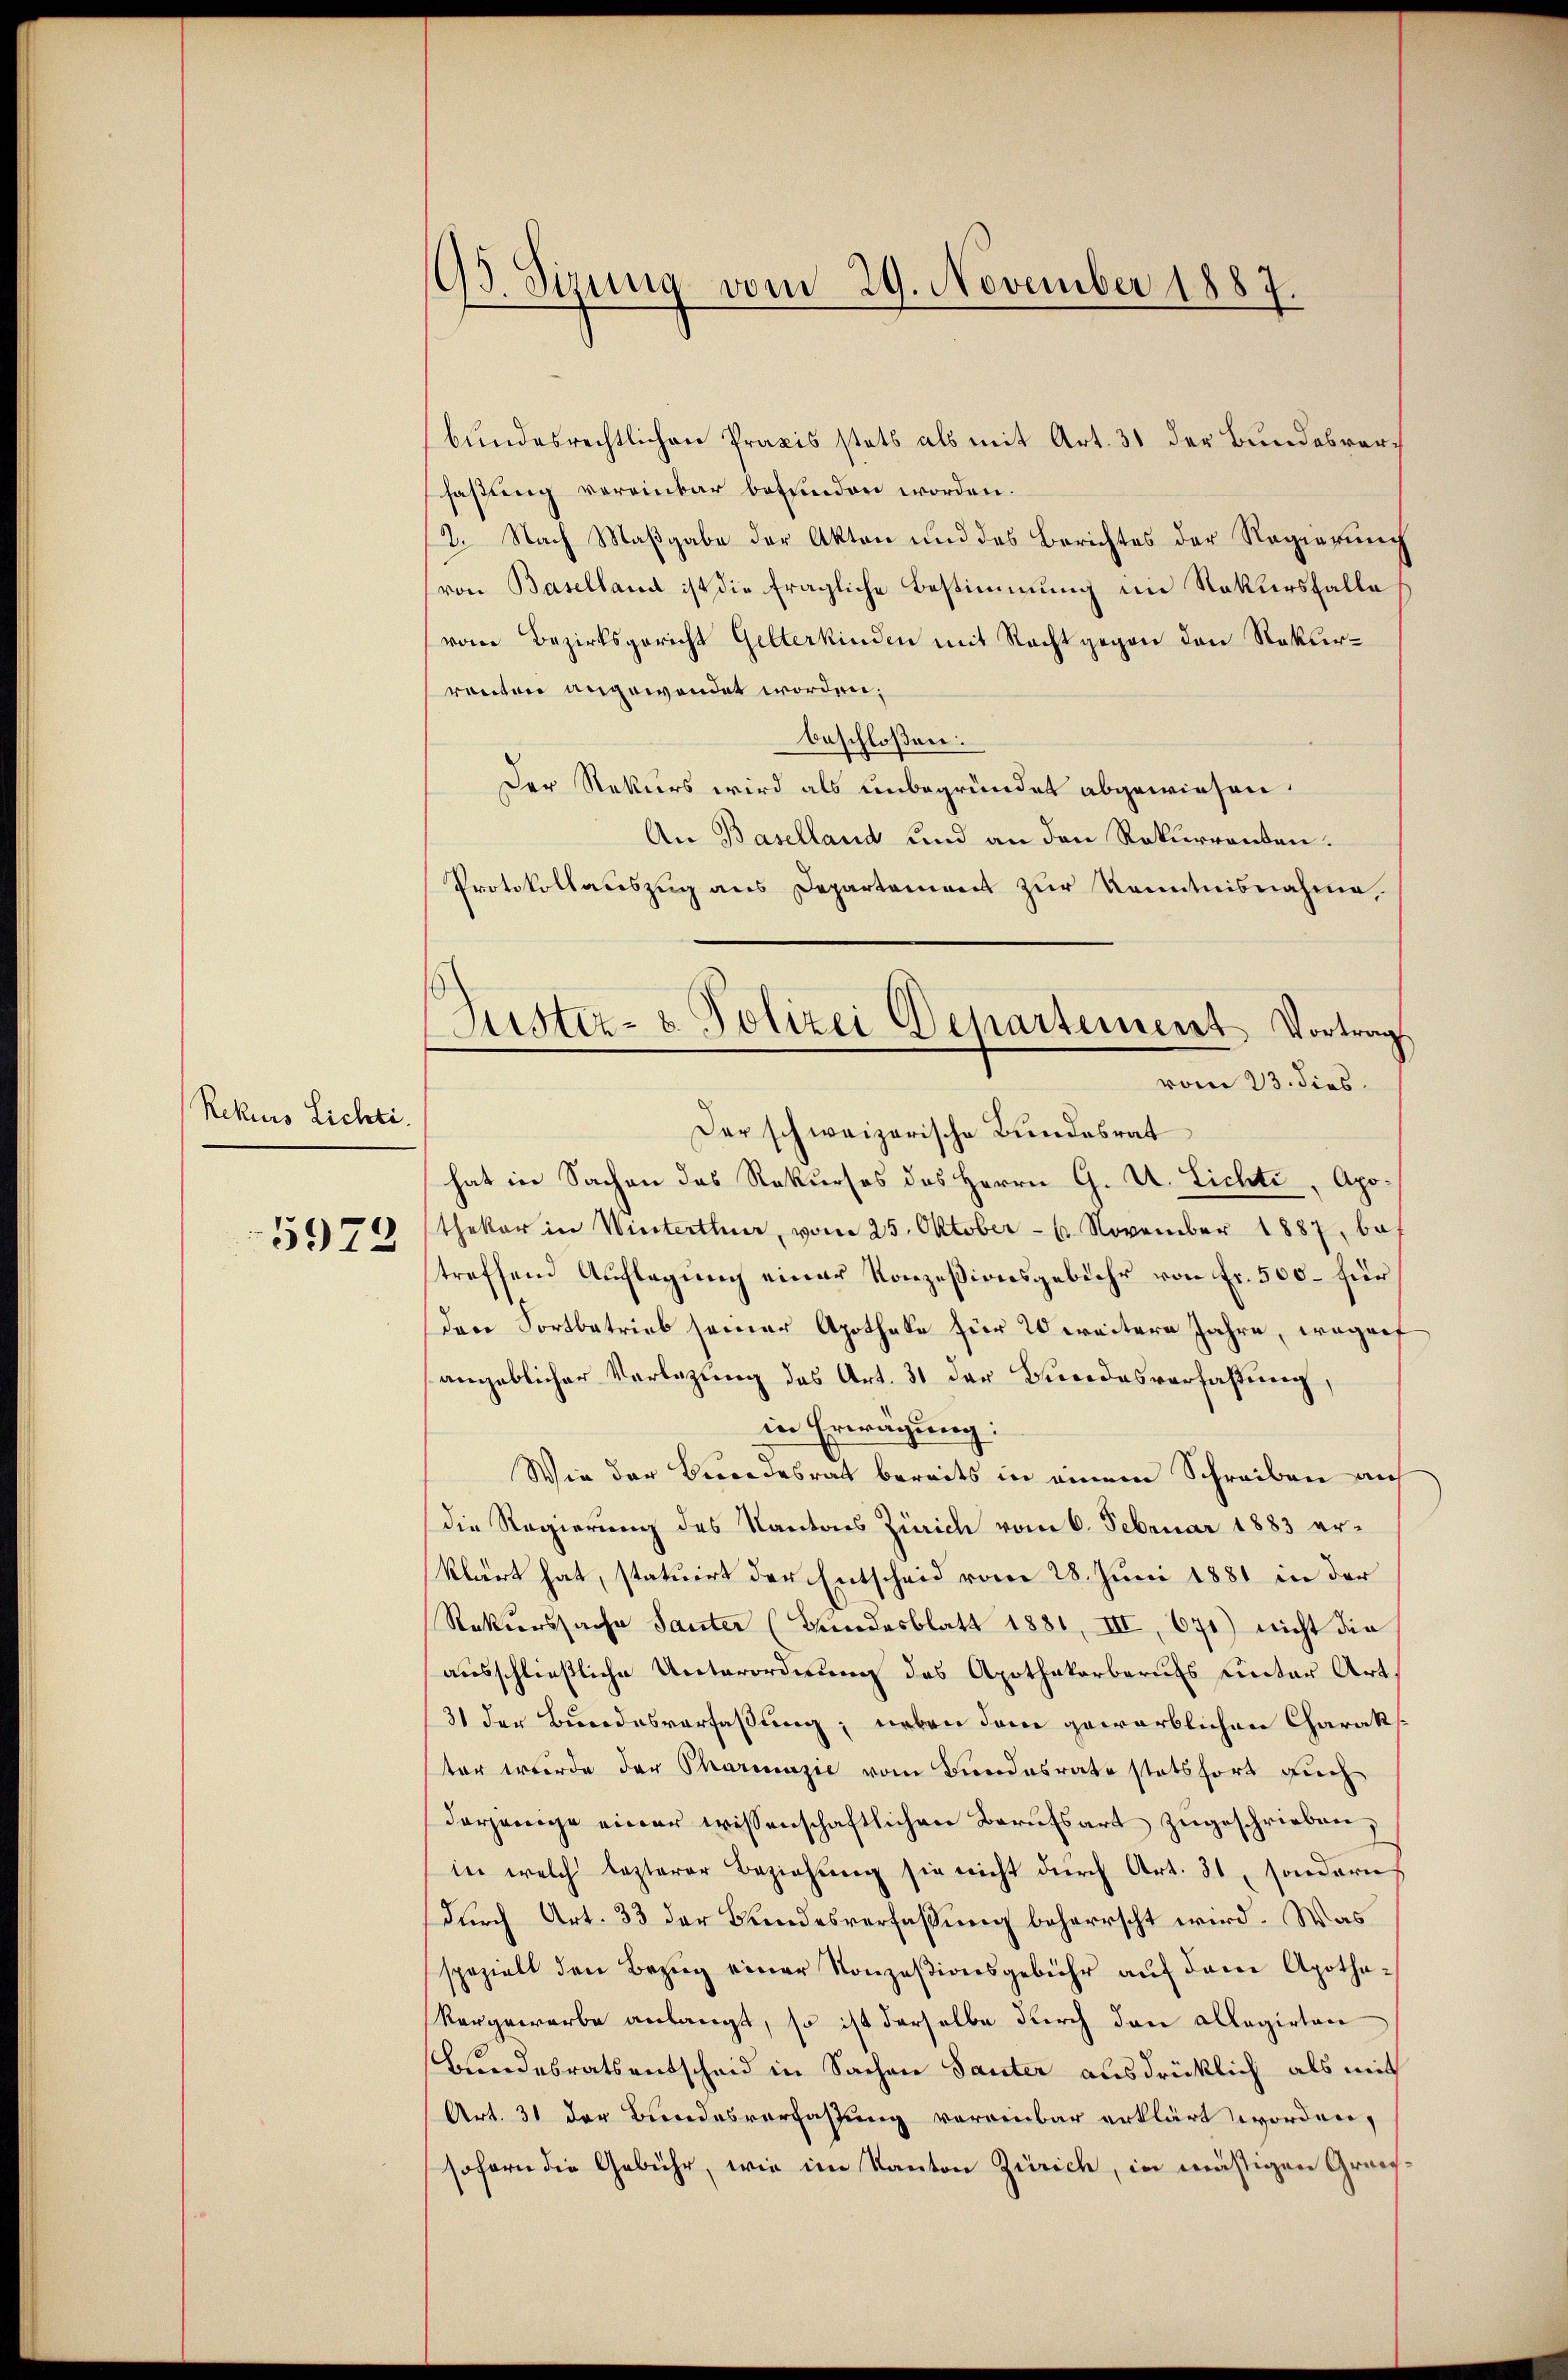
Rekurs Lichti
5972

93. Sizung vom 29. November 1887.

Justiz- & Polizei Departement Vortrag
vom 23. dies

bundesrechtlichen Praxis stets als mit Art. 31 der Bundesverfaßung vereinbar befunden worden.
2. Nach Maßgabe der Akten und des Berichtes der Regierung
von Baselland ist die fragliche Bestimmung im Rekursfalle
vom Bezirksgericht Gelterkinden mit Recht gegen den Rekurranten angewendet worden;
beschloßen:
Der Rekurs wird als unbegründet abgewiesen.
An Baselland und an den Rekurrenten.
Protokollauszug aus Departement zur Kenntnisnahme,
Der schweizerische Bundesrat
hat in Sachen das Rekurses des Herrn G. U. Lichte, Apothekar in Winterthur, vom 25. Oktober - 4. November 1887, betreffend Auflagung einer Konzesionsgebühr von Fr. 500 – für
dere Fortbetrieb seiner Apotheke für 20 weitere Jahre, wogerf
angeblicher Verlegung des Art. 31 der Bundesverfaßung,
in Erwägung:
Wie der Brandesrath bereits in einem Schreiben auf
die Regierung des Kantons Zürich vom 6. Februar 1883 erklärt hat, statuirt der Entscheid vom 28. Juni 1881 in der
Rekurssache Sauter (Bundesblatt 1881, III 671) nicht die
ausschließliche Unterordnung des Apothekarberufs Unter Art.
31 der Bundesverfaßung, neben dem gewärblichen Charakter wurde der Pharinazić vom Bundesrate stetsfort auch
derjenige einer wissenschaftlichen Berufsart zugeschrieben,
in welch lezterer Beziehung sie nicht durch Art. 31, sondern
Durch Art. 33 der Bundesverfaßung beherrscht wird. Was
spezielt den Bezŭg einer Konzesionsgebühr aŭf dem Apothekergewarbe anlangt, so ist derselbe durch den allegirten
Bundesratsentscheid in Sachen Sauter ausdrücklich als mit
Art. 31 der Bundesverfassung voreinbar erklärt worden,
sofern die Gebühr, wie im Kanton Zürich, in mäßigen Grenz¬